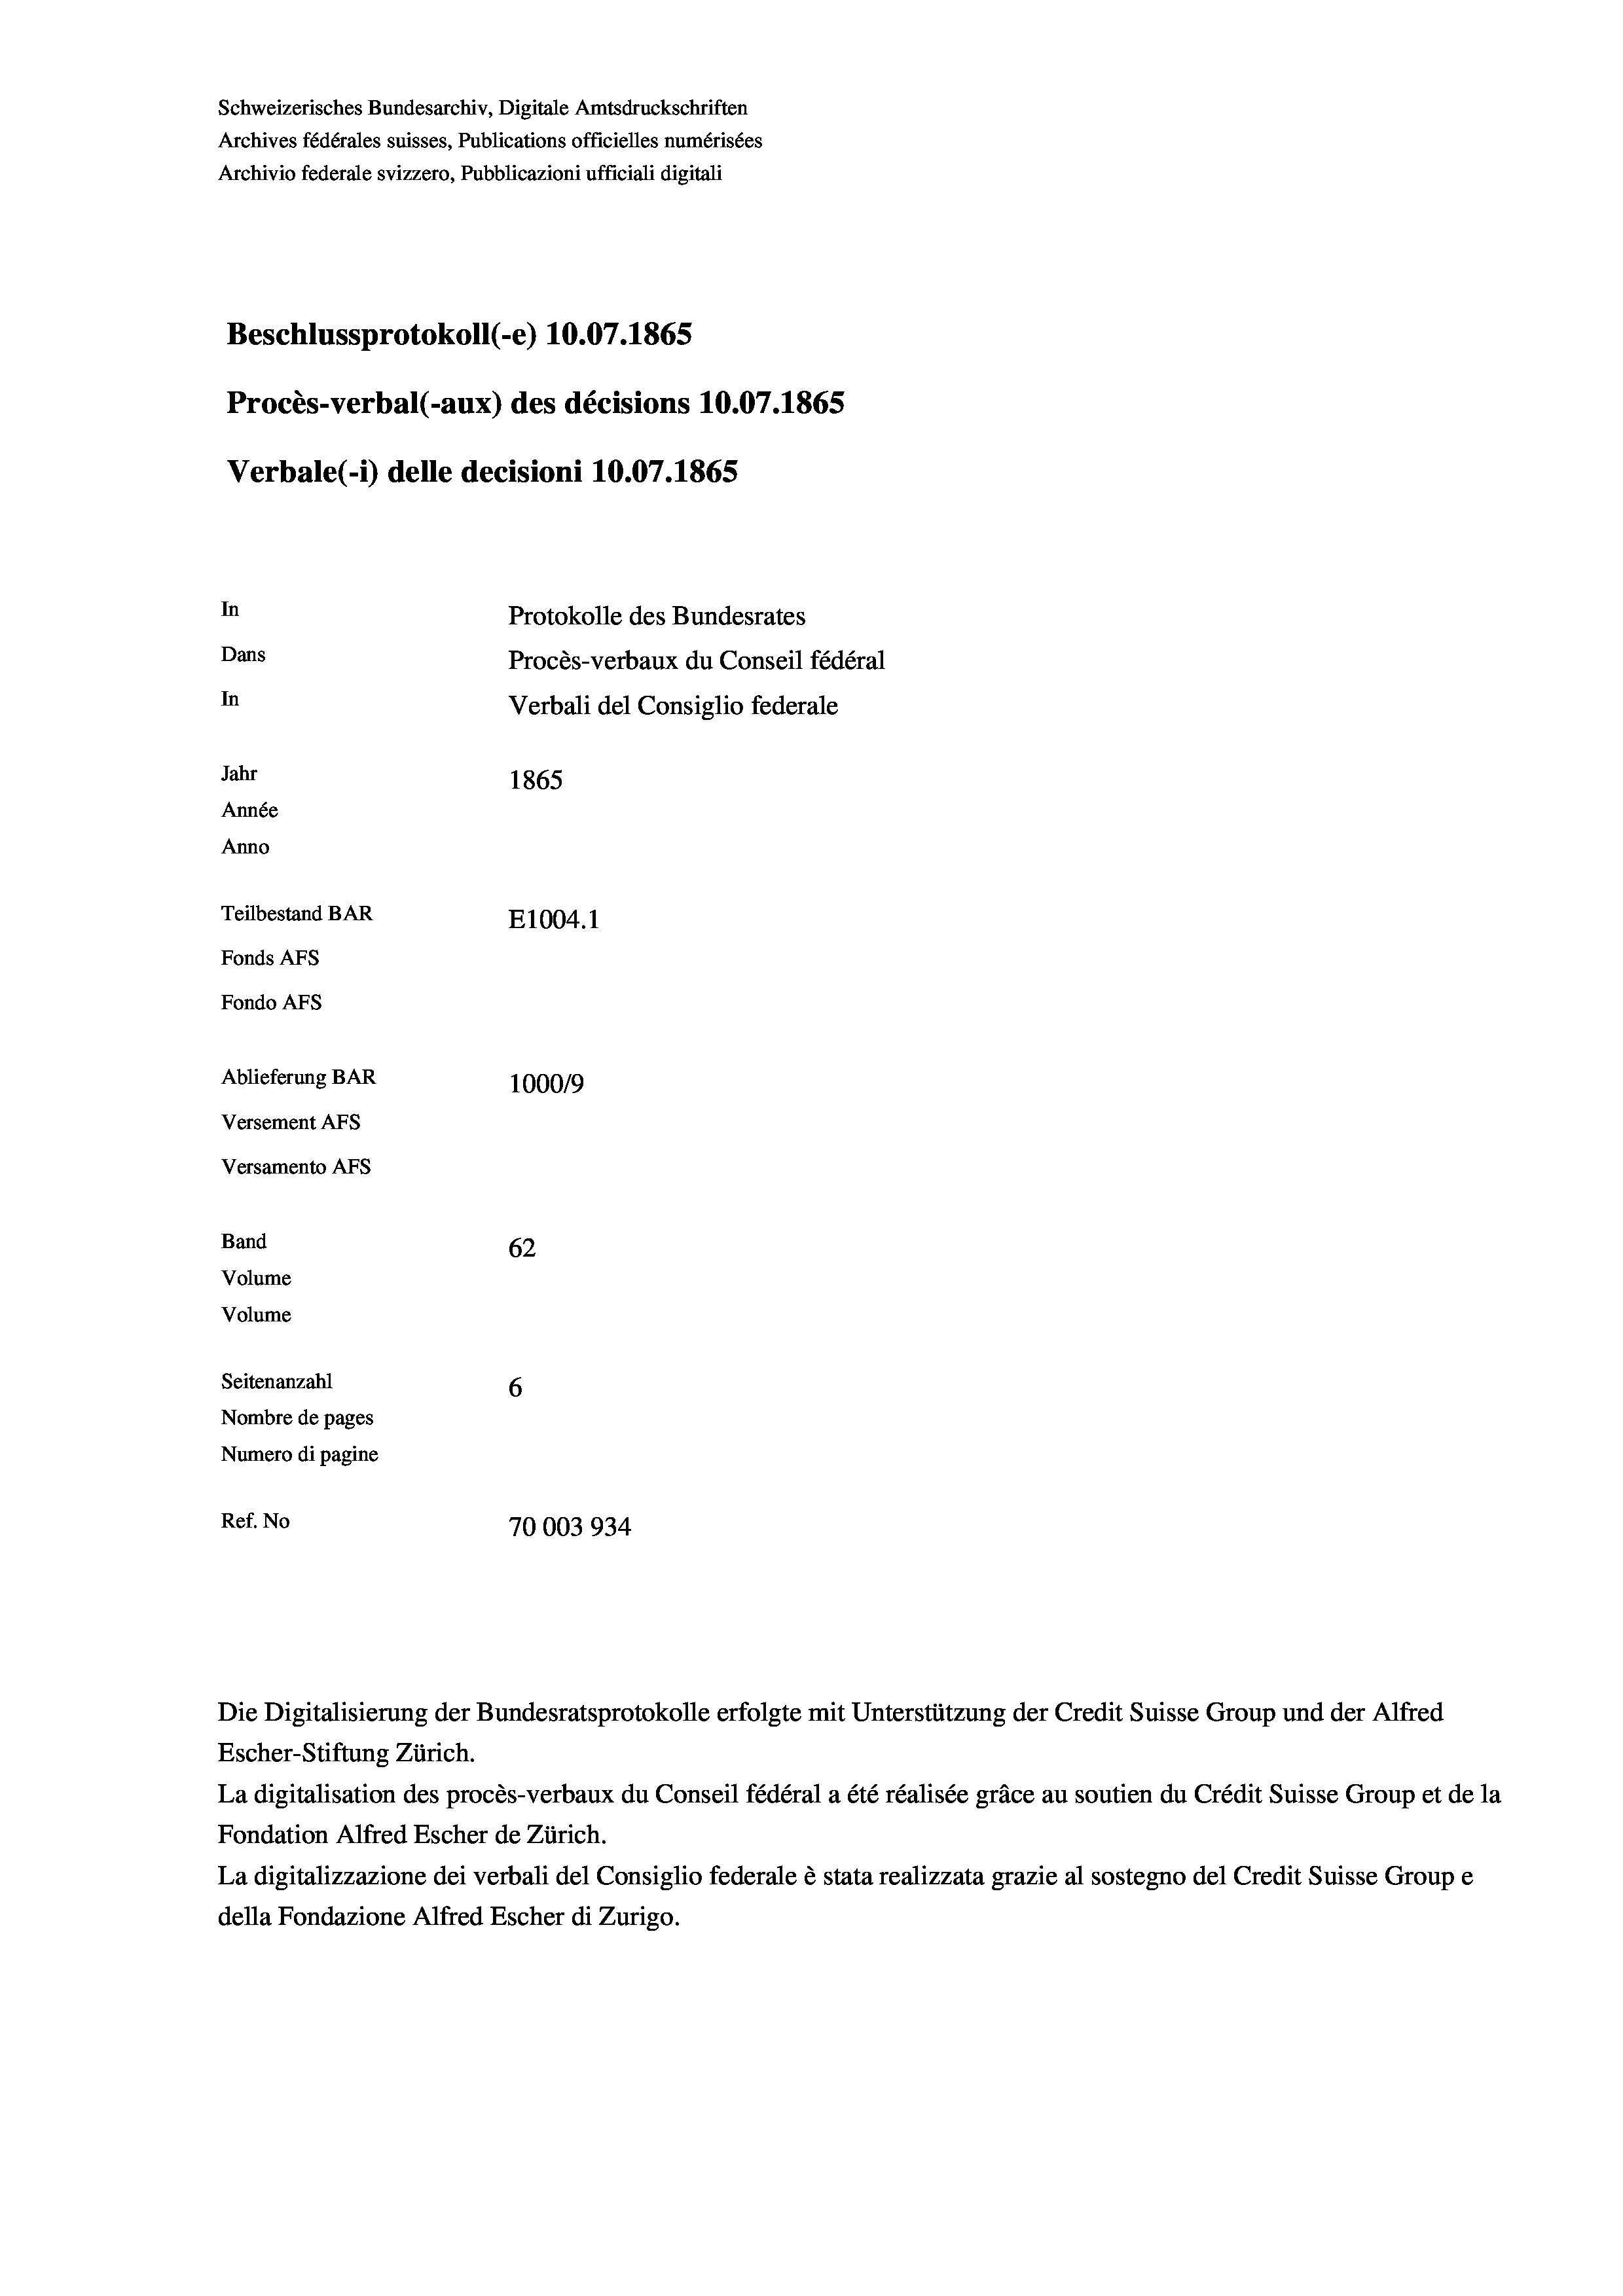
Schweizerisches Bundesarchiv, Digitale Amtsdruckschriften
Archives fédérales suisses, Publications officielles numérisées
Archivio federale svizzero, Pubblicazioni ufficiali digitali
Beschlussprotokoll (-e) 10.07. 1865
Procès-verbal (-aux) des décisions 10.07.1865
Verbale (i) delle decisioni 10.07. 1865
In
Protokolle des Bundesrates
Dans
Procès-verbaux du Conseil fédéral
In
Verbali del Consiglio federale
Jahr
1865
Année
Anno
Teilbestand BAR
E1004.1
Fonds AFs
Fondo AFs
Ablieferung BAR
1000/9
Versement Abs
Versamento Afs
Band
62
Volume
Volume
Seitenanzahl
6
Nombre de pages
Numero di pagine
Ref. No
70003934

Escher-Stiftung Zürich.
La digitalisation des procès-verbaux du Conseil fédéral a été réalisée gräce au soutien du Crédit Suisse Group et de la
Fondation Alfred Escher de Zürich.
La digitalizzazione dei verbali del Consiglio federale è stata realizzata grazie al sostegno del Credit Suisse Groupe
della Fondazione Alfred Escher di Zurigo.

Die Digitalisierung der Bundesratsprotokolle erfolgte mit Unterstützung der Credit Suisse Group und der Alfred